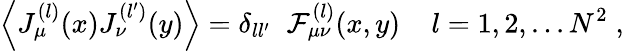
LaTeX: \Big\langle J_{\mu}^{(l)}(x)J_{\nu}^{(l^{\prime})}(y)\Big\rangle=\delta_{ll^{\prime}}\; \; {\cal F}_{\mu\nu}^{(l)}(x,y)\; \; \; \; l=1,2,...N^{2}\; ,